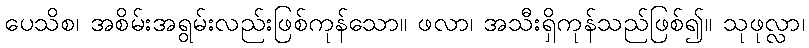
ပေသိစ၊ အစိမ်းအရွမ်းလည်းဖြစ်ကုန်သော။ ဖလာ၊ အသီးရှိကုန်သည်ဖြစ်၍။ သုဖုလ္လာ၊